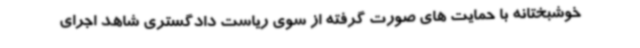
خوشبختانه با حمایت های صورت گرفته از سوی ریاست دادگستری شاهد اجرای